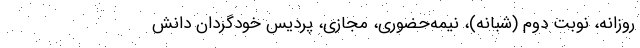
روزانه، نوبت دوم (شبانه‌)، نیمه‌حضوری، مجازی، پردیس خودگردان دانش